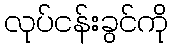
လုပ်ငန်းခွင်ကို